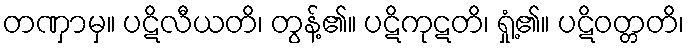
တဏှာမှ။ ပဋိလီယတိ၊ တွန့်၏။ ပဋိကုဋတိ၊ ရှုံ့၏။ ပဋိဝတ္တတိ၊